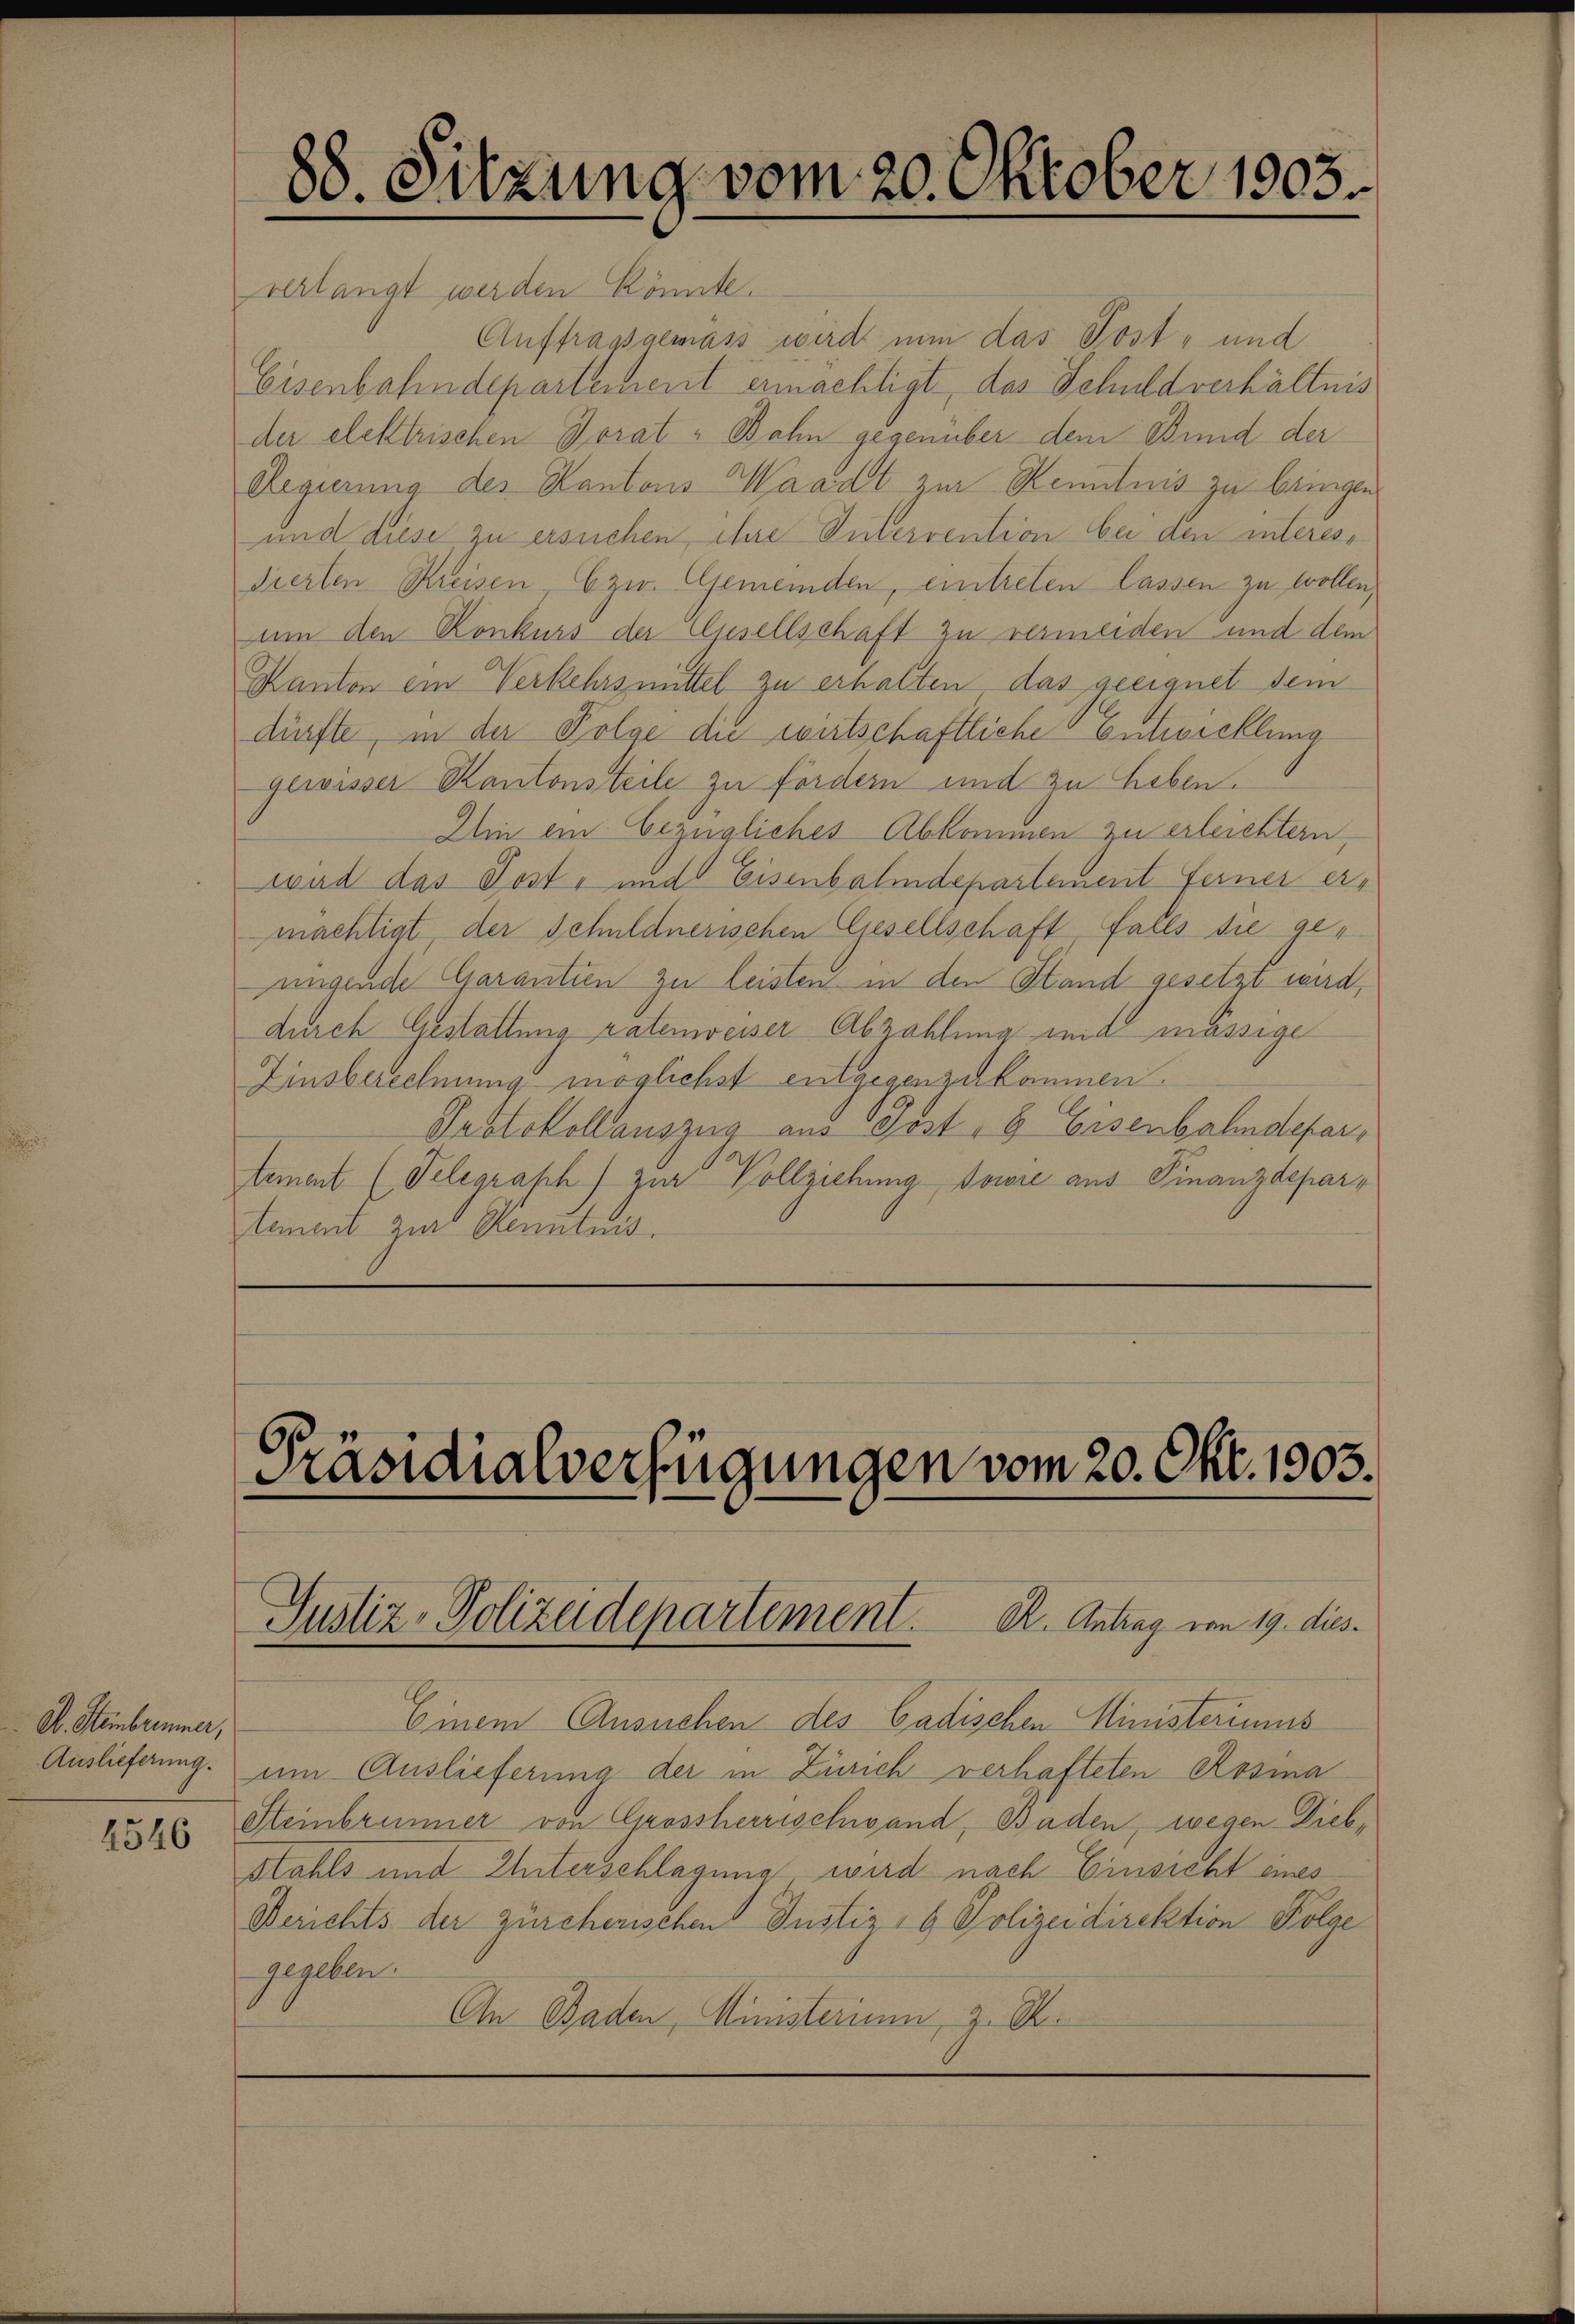
D. Stembrunner,
Auslieferung.
4546

schlangt werden könnte.
Auftragsgemäss wird nun das Post- und
Eisenbahndepartement ermächtigt, das Schuld verhältnis
der elektrischen Horat Bahn gegenüber dem Bund der
Regierung des Kantons Waadt zur Kenntnis zu bringen
und diese zu ersuchen, ihre Intervention bei den interes
dierten Kreisen, bzw. Gemeinden, eintreten lassen zu wollen,
um den Konkurs der Opsellschaft zu vermeiden und dem
Kanton ein Verkehrsmittel zu erhalten das geeignet dem
dürfte, in der Folge die wirtschaftliche Entwicklung
gewisser Kantonsteile zu fördern und zu heben.
Iin ein bezügliches Abkommen zu erleichtern,
wird das Post- und Eisenbahndepartement Ferner ermächtigt, der Schuldnerischen Gesellschaft fares sie genngende Garantien zu leisten in den Stand gesetzt wird,
durch Gestattung ratenweiser Abzahlung mit mässige
Zinsberechnung möglichst entgegenzukommen.
Protokollauszug aus Gost, 8 Eisenbahndepar¬
Aement (Telegraph) zur Vollziehung sowie aus Finanzdepartement zur Kenntnis.

88. Sitzung vom 20. Oktober 1803.

Präsidialverfügungen vom 20. Okt. 1903.
Justiz - Polizeidepartement. R. Antrag vom 19. dies

Einem Ansuchen des Cadischen Ministeriums
um Auslieferung der in Zürich verhafteten Rosina
Steinbrunner von Grossherrischwand, Baden, wegen Diebstahls und Unterschlagung wird nach Einsicht eines
Berichts der zürcherischen Justiz- & Polizeidirektion Folge
gegeben.
An Baden, Ministerium, z. B.